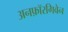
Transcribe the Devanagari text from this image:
अनफ़ॉरगिवेन